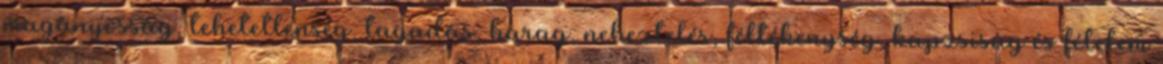
magányosság, tehetetlenség, tagadás, harag, neheztelés, féltékenység, kapzsiság és félelem